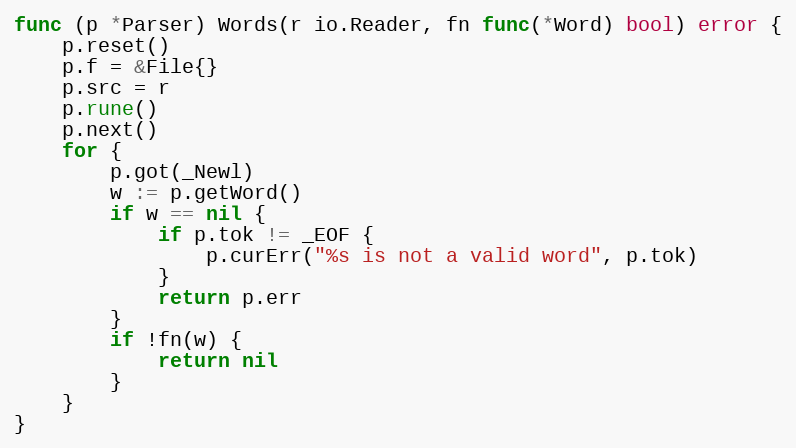
Language: Go
func (p *Parser) Words(r io.Reader, fn func(*Word) bool) error {
	p.reset()
	p.f = &File{}
	p.src = r
	p.rune()
	p.next()
	for {
		p.got(_Newl)
		w := p.getWord()
		if w == nil {
			if p.tok != _EOF {
				p.curErr("%s is not a valid word", p.tok)
			}
			return p.err
		}
		if !fn(w) {
			return nil
		}
	}
}